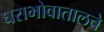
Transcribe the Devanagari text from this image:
घराभोवातालचे